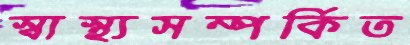
স্বাস্থ্যসম্পর্কিত